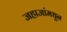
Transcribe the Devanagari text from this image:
जहाजांमधून